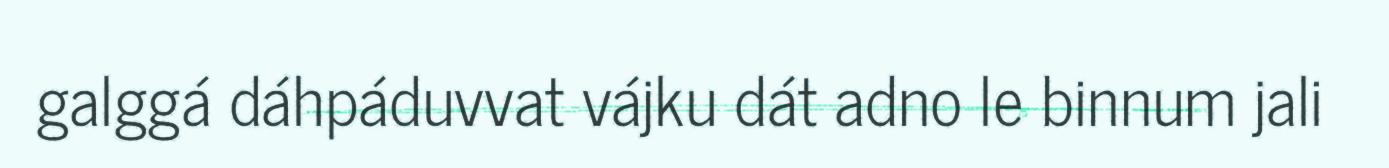
galggá dáhpáduvvat vájku dát adno le binnum jali